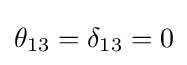
\theta _{13}=\delta _{13}=0